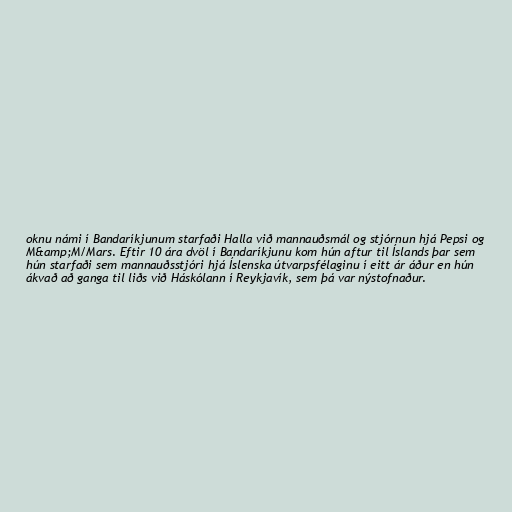
oknu námi í Bandaríkjunum starfaði Halla við mannauðsmál og stjórnun hjá Pepsi og
M&amp;M/Mars. Eftir 10 ára dvöl í Bandaríkjunu kom hún aftur til Íslands þar sem
hún starfaði sem mannauðsstjóri hjá Íslenska útvarpsfélaginu í eitt ár áður en hún
ákvað að ganga til liðs við Háskólann í Reykjavík, sem þá var nýstofnaður.